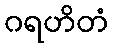
ဂရဟိတံ